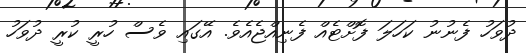
ދުވަހު ފެނުނު ކަހަލަ ފޮށްޓެއް ފެނިއްޖެއެވެ. އޭގައި ވެސް ހުރީ ކުރީ ދުވަހު